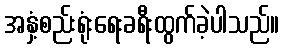
အနှံ့စည်းရုံးရေးခရီးထွက်ခဲ့ပါသည်။